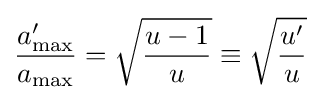
{\frac {a'_{\max }}{a_{\max }}}={\sqrt {\frac {u-1}{u}}}\equiv {\sqrt {\frac {u'}{u}}}